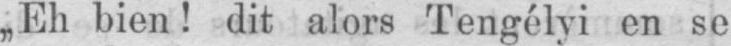
„Eh bien! dit alors Tengélyi en se